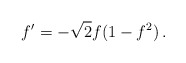
\begin{align*}f^{\prime }=-\sqrt{2}f(1-f^{2})\,. \end{align*}